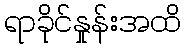
ရာခိုင်နှုန်းအထိ